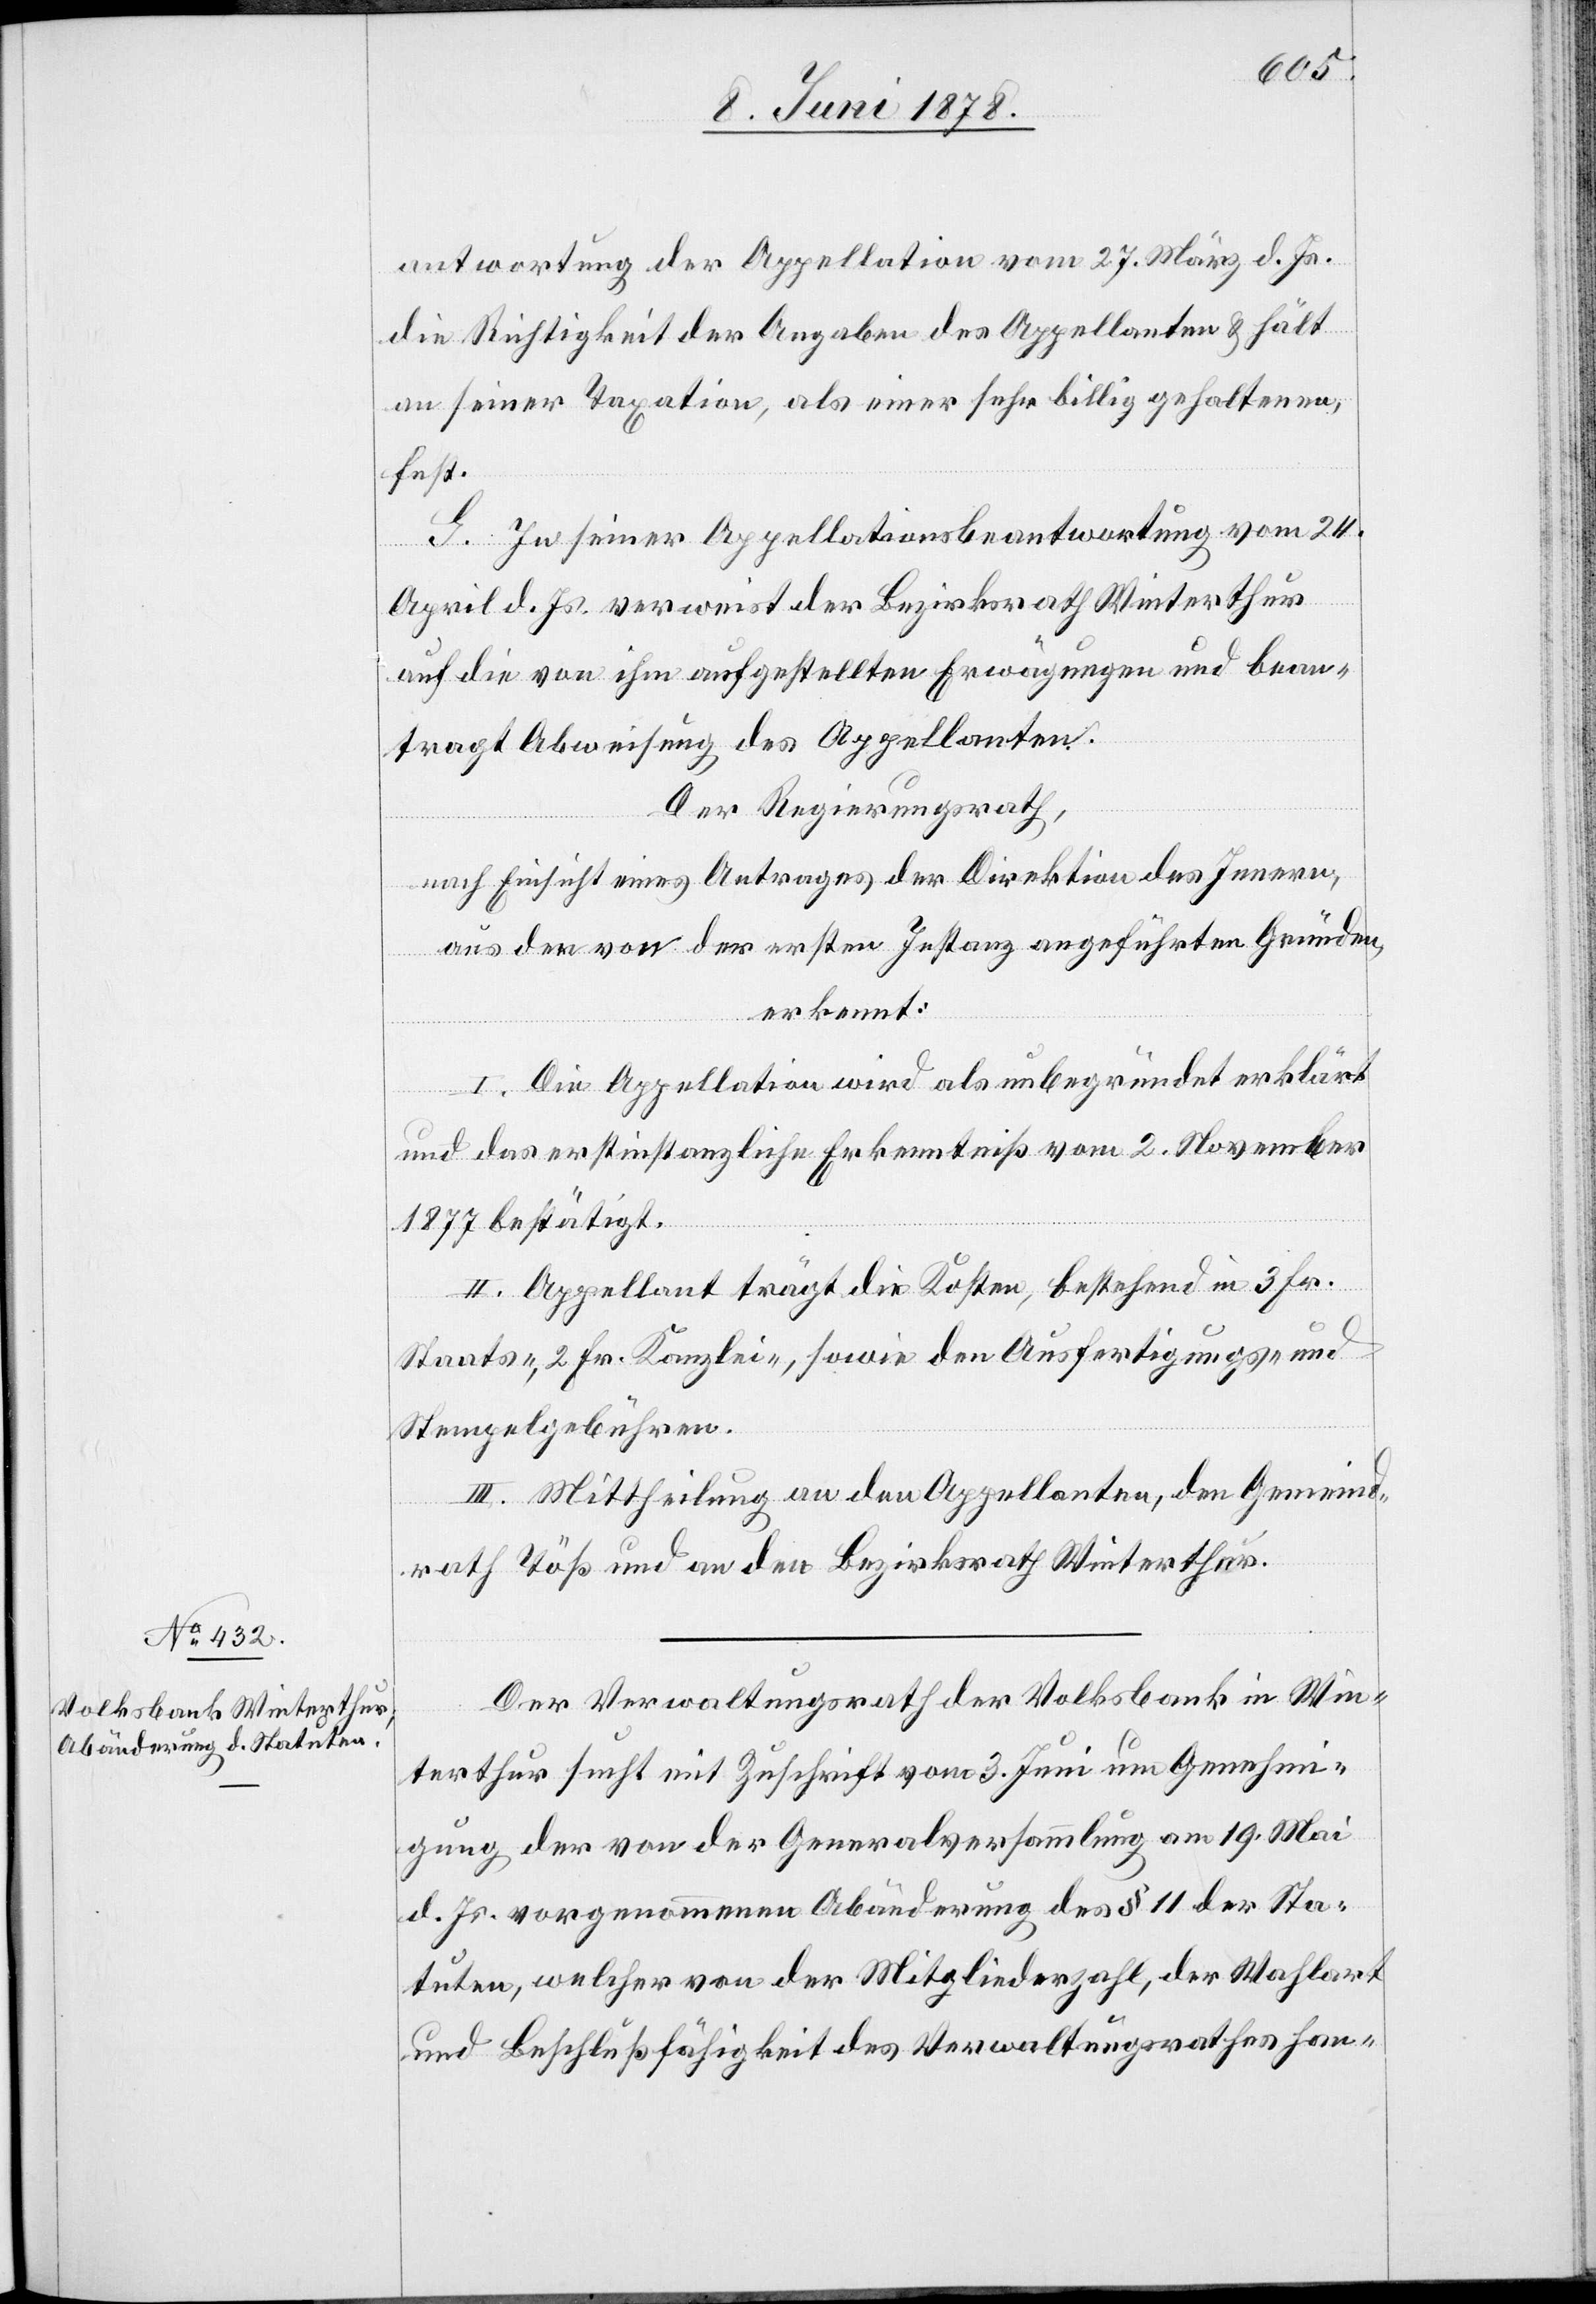
antwortung der Appellation vom 27. März d. Js.
die Richtigkeit der Angaben des Appellanten & hält
an seiner Taxation, als einer sehr billig gehaltenen,
fest.
G. In seiner Appellationsbeantwortung vom 25.
April d. Js. verweist der Bezirksrath Winterthur
auf die von ihm aufgestellten Erwägungen und bean¬
tragt Abweisung des Appellanten.
Der Regierungsrath,
nach Einsicht eines Antrages der Direktion des Innern,
aus den von der ersten Instanz angeführten Gründen,
erkennt:
I. Die Appellation wird als unbegründet erklärt
und das erstinstanzliche Erkenntniß vom 2. November
1877 bestätigt.
II. Appellant trägt die Kosten, bestehend in 3 Fr.
Staats-, 2 Fr. Kanzlei-, sowie den Ausfertigungs- und
Stempelgebühren.
III. Mittheilung an den Appellanten, den Gemeind¬
rath Töß und an den Bezirksrath Winterthur.
Der Verwaltungsrath der Volksbank in Win¬
terthur sucht mit Zuschrift vom 3. Juni um Genehmi¬
gung der von der Generalversammlung am 19. Mai
d. Js. vorgenommenen Abänderung des § 11 der Sta¬
tuten, welcher von der Mitgliederzahl, der Wahlart
und Beschlussfähigkeit des Verwaltungsrathes han-